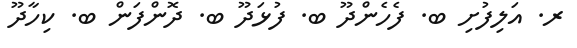
ރ. އަލިފުށި ބ. ފެހެންދޫ ބ. ފުޅަދޫ ބ. ދޮންފަން ބ. ކިހާދޫ